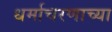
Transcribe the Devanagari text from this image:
धर्माचरणाच्या